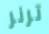
ترنر